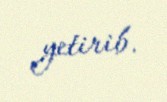
yetirib.